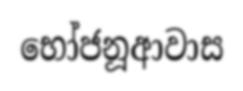
භෝජනූආවාස